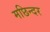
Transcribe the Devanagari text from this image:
मछिन्दर